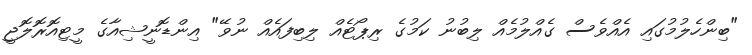
"ބިންހެލުމުގައި އެއްވެސް ގެއްލުމެއް ލިބުނު ކަމުގެ ރިޕޯޓެއް ލިބިފައެއް ނުވޭ" އިންޑޮނީޝިއާގެ މީޓިއޮރޮލޮޖީ